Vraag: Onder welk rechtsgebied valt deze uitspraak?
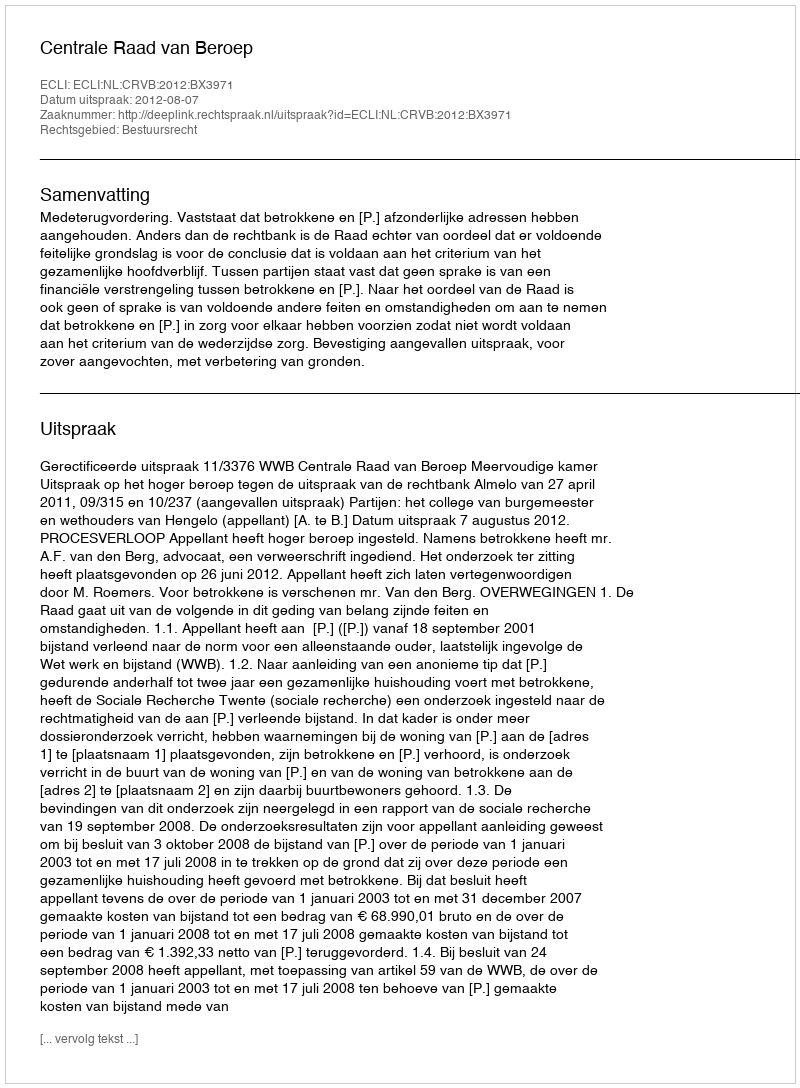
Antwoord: Bestuursrecht